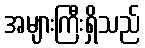
အများကြီးရှိသည်